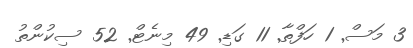
3 މަސް